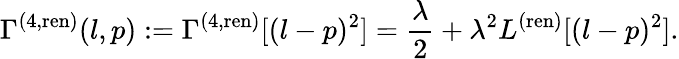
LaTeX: \Gamma^{(4,\mathrm{ren})}(l,p):=\Gamma^{(4,\mathrm{ren})}[(l-p)^{2}]=\frac{\lambda}{2}+\lambda^{2}L^{(\mathrm{ren})}[(l-p)^{2}].